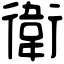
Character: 衛